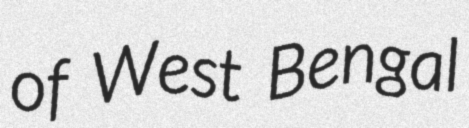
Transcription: of West Bengal